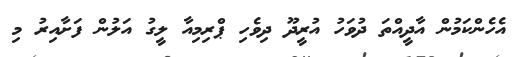
އެހެންކަމުން އާދީއްތަ ދުވަހު އުރީދޫ ދިވެހި ޕްރިމިއާ ލީގު އަލުން ފަށާއިރު މި